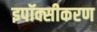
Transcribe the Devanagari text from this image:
इपॉक्सीकरण